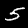
Label: 5